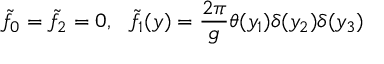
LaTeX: \tilde { f } _ { 0 } = \tilde { f } _ { 2 } = 0 , \ \ \tilde { f } _ { 1 } ( y ) = { \frac { 2 \pi } { g } } \theta ( y _ { 1 } ) \delta ( y _ { 2 } ) \delta ( y _ { 3 } )